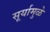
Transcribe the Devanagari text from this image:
सूर्यामुळे